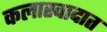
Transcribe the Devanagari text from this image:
कलास्वादात